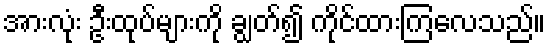
အားလုံး ဦးထုပ်များကို ချွတ်၍ ကိုင်ထားကြလေသည်။